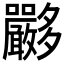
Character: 𡗏